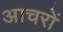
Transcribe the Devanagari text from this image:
आचरों